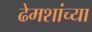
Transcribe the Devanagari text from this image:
ढेमशांच्या